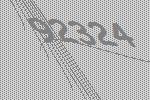
92324